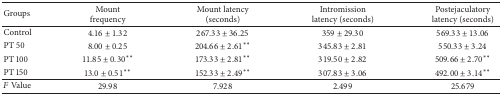
<table><thead><tr><td><b>Groups</b></td><td><b>Mount frequency</b></td><td><b>Mount latency (seconds)</b></td><td><b>Intromission latency (seconds)</b></td><td><b>Postejaculatory latency (seconds)</b></td></tr></thead><tbody><tr><td>Control</td><td>4.16 ± 1.32</td><td>267.33 ± 36.25</td><td>359 ± 29.30</td><td>569.33 ± 13.06</td></tr><tr><td>PT 50</td><td>8.00 ± 0.25</td><td>204.66 ± 2.61**</td><td>345.83 ± 2.81</td><td>550.33 ± 3.24</td></tr><tr><td>PT 100</td><td>11.85 ± 0.30**</td><td>173.33 ± 2.81**</td><td>319.50 ± 2.82</td><td>509.66 ± 2.70**</td></tr><tr><td>PT 150</td><td>13.0 ± 0.51**</td><td>152.33 ± 2.49**</td><td>307.83 ± 3.06</td><td>492.00 ± 3.14**</td></tr><tr><td><i>F</i> Value</td><td>29.98</td><td>7.928</td><td>2.499</td><td>25.679</td></tr></tbody></table>